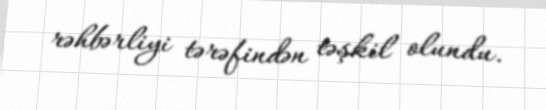
rəhbərliyi tərəfindən təşkil olundu.